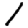
Digit: 1